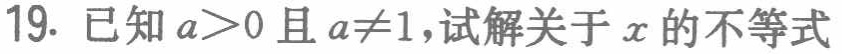
已知\(a > 0\)且\(a\neq1\)，试解关于\(x\)的不等式